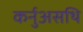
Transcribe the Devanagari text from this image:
कर्नुअसथि